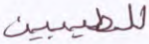
للطيبين